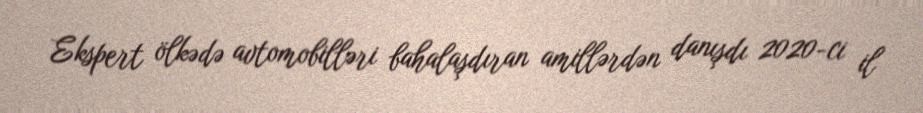
Ekspert ölkədə avtomobilləri bahalaşdıran amillərdən danışdı 2020-ci il